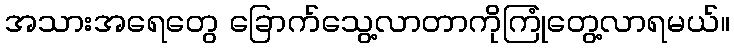
အသားအရေတွေ ခြောက်သွေ့လာတာကိုကြုံတွေ့လာရမယ်။